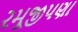
રમૂજીપણા